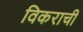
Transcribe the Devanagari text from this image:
विकराची